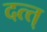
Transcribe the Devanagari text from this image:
दत्त्